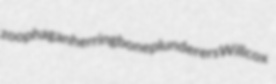
zoophagan herringbone plunderers Willcox